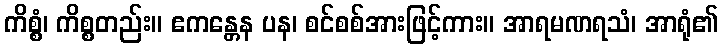
ကိစ္စံ၊ ကိစ္စတည်း။ ဧကန္တေန ပန၊ စင်စစ်အားဖြင့်ကား။ အာရမဏရသံ၊ အာရုံ၏